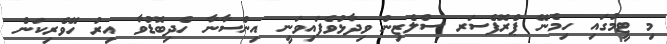
މި ޓީމުގައި ހިމެނޭ ޕްރޮފެސަރ ސްލެޒިން ވިދާޅުވެފައިވަނީ އިންސާނާ ހެދިބޮޑުވާ އިރު ހޭވެރިކަން